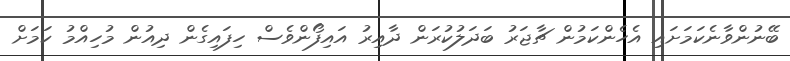
ބޭނުންވާނެކަމަށައި އެހެންކަމުން ޗާޖަރު ބަދަލުކުރަން ދާއިރު އައިފޯންވެސް ހިފައިގެން ދިއުން މުހިއްމު ކަމަށް